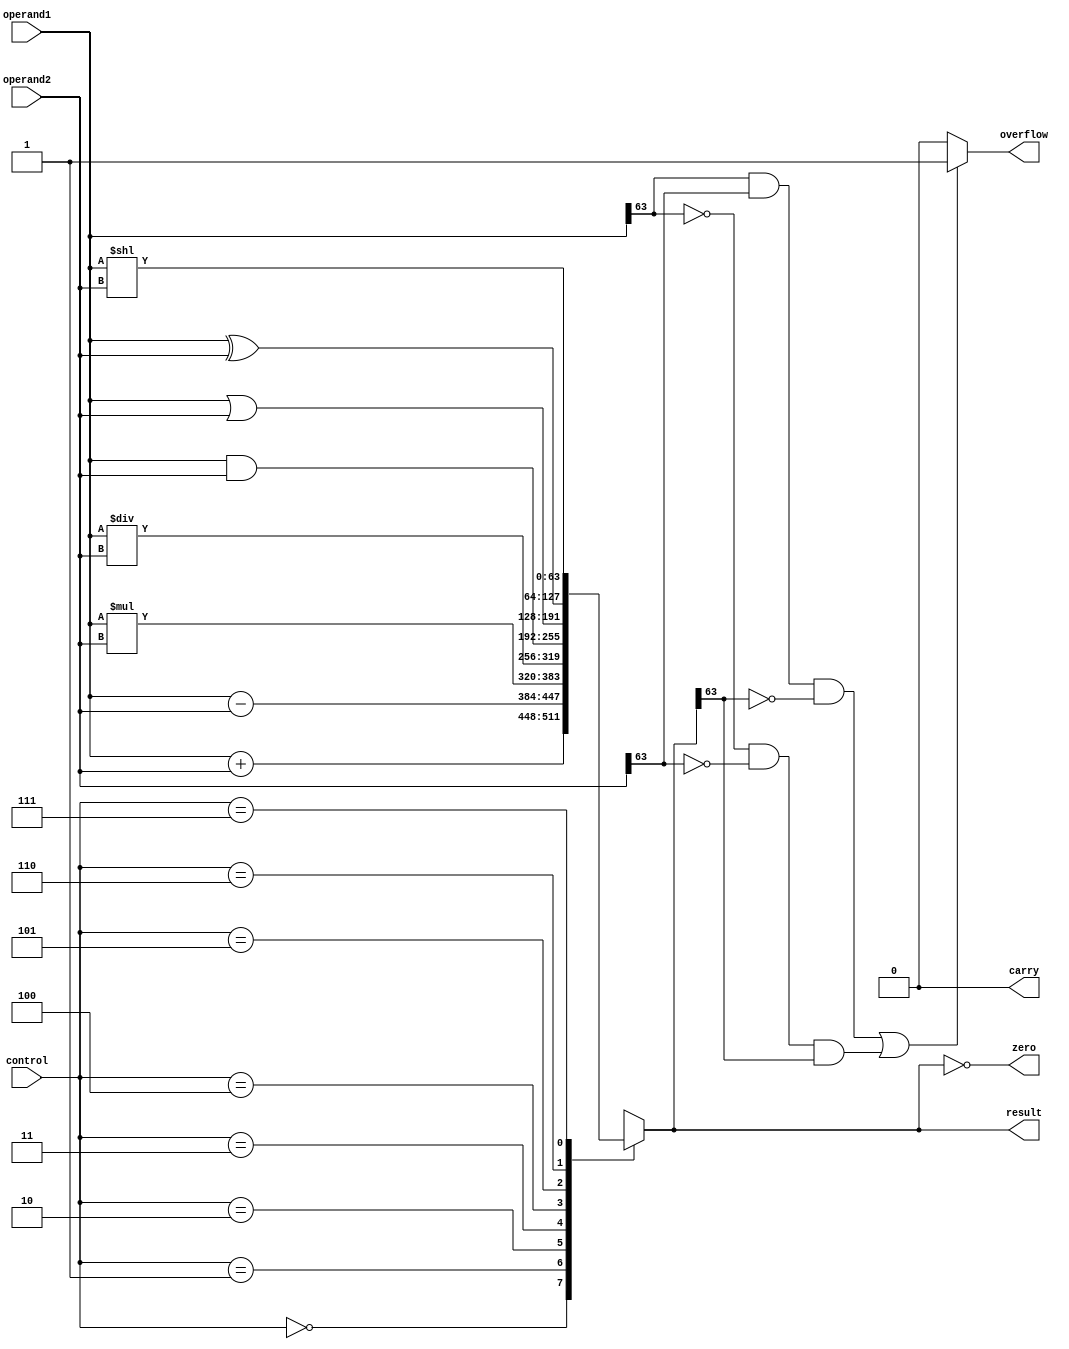
module ALU (
    input [63:0] operand1,
    input [63:0] operand2,
    input [2:0] control,
    output reg [63:0] result,
    output reg zero,
    output reg overflow,
    output reg carry
);

always @(*) begin
    case(control)
        3'b000: result = operand1 + operand2; // Add
        3'b001: result = operand1 - operand2; // Subtract
        3'b010: result = operand1 * operand2; // Multiply
        3'b011: result = operand1 / operand2; // Divide
        3'b100: result = operand1 & operand2; // Bitwise AND
        3'b101: result = operand1 | operand2; // Bitwise OR
        3'b110: result = operand1 ^ operand2; // Bitwise XOR
        3'b111: result = operand1 << operand2; // Bitwise shift left
    endcase

    zero = (result == 64'b0);
    overflow = ((operand1[63] & operand2[63] & ~result[63]) | (~operand1[63] & ~operand2[63] & result[63])) ? 1 : 0;
    carry = (result[64] == 1) ? 1 : 0;
end

endmodule